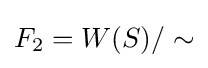
F_{2}=W(S)/\sim